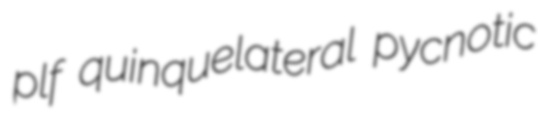
plf quinquelateral pycnotic